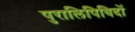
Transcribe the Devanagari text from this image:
पुरालिपिविदों